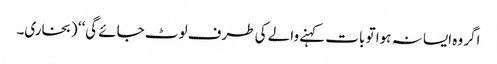
اگر وہ ایسا نہ ہوا تو بات کہنے والے کی طرف لوٹ جائے گی‘‘ (بخاری۔